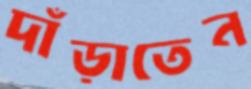
দাঁড়াতেন